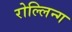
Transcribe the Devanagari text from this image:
रोल्लिन्ग